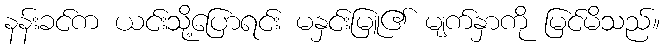
နန်းခင်က ယင်းသို့ပြောရင်း မနှင်းမြူ၏ မျက်နှာကို မြင်မိသည်။